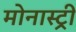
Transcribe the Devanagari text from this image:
मोनास्ट्री